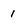
Character: 1